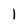
Character: 1